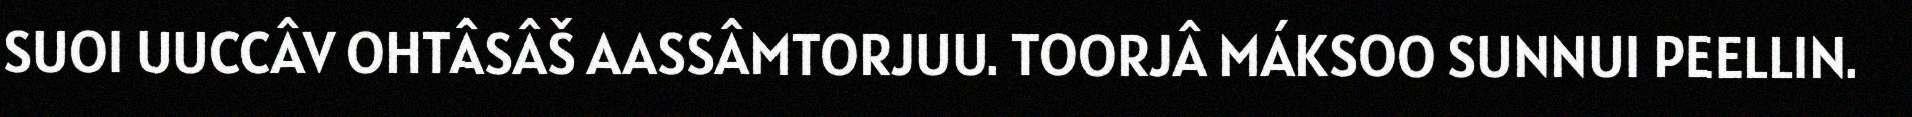
SUOI UUCCÂV OHTÂSÂŠ AASSÂMTORJUU. TOORJÂ MÁKSOO SUNNUI PEELLIN.